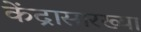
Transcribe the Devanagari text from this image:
केंद्रासारख्या